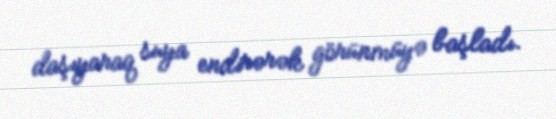
daşıyaraq suya endirərək görünmüyə başladı.